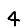
Digit: 4